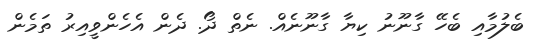
ބެލުމާއި ބެހޭ ގާނޫނު ކިޔާ ގާނޫނެއް. ނެތް ދޯ. ދެން އެހެންވީއިރު ތަމެން